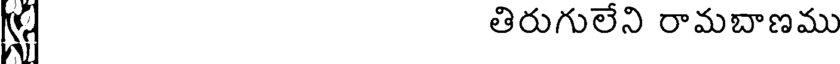
తిరుగులేని రామబాణము